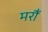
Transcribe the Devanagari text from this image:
मरौं